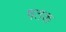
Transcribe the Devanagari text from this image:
षतक